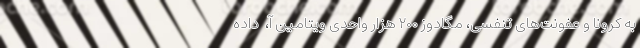
به کرونا و عفونت‌های تنفسی، مگادوز ۲۰۰ هزار واحدی ویتامین آ، ‌ داده